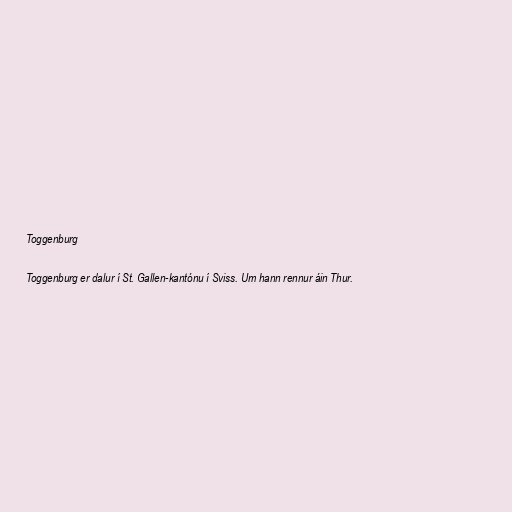
Toggenburg

Toggenburg er dalur í St. Gallen-kantónu í Sviss. Um hann rennur áin Thur.